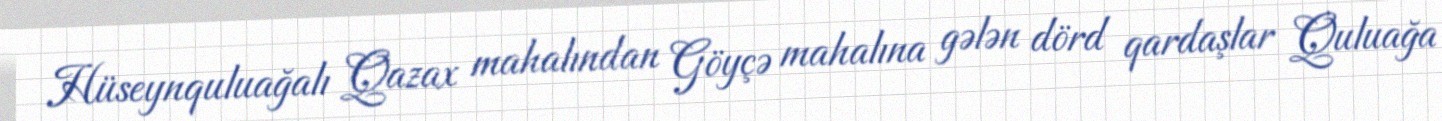
Hüseynquluağalı Qazax mahalından Göyçə mahalına gələn dörd qardaşlar Quluağa